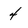
Character: 4